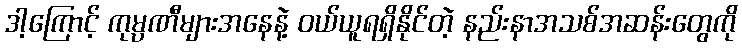
ဒါ့ကြောင့် ကုမ္ပဏီများအနေနဲ့ ဝယ်ယူရရှိနိုင်တဲ့ နည်းနာအသစ်အဆန်းတွေကို